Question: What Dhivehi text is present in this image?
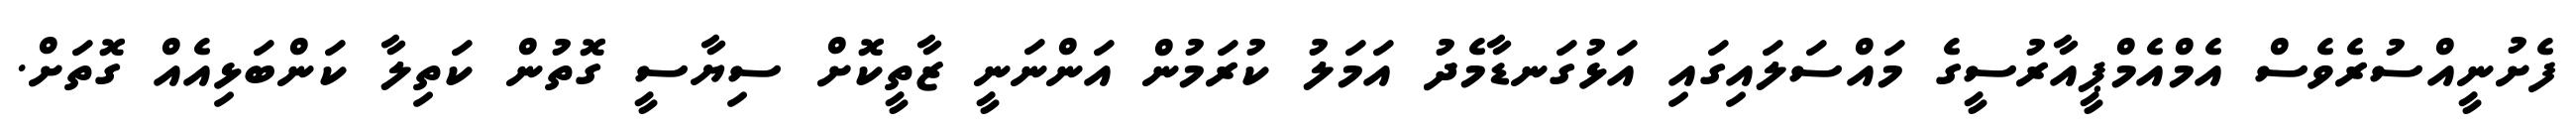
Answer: ފެށުނީއްސުރެވެސް އެމްއެމްޕީއާރުސީގެ މައްސަލައިގައި އަޅުގަނޑާމެދު އަމަލު ކުރަމުން އަންނަނީ ޒާތީކޮށް ސިޔާސީ ގޮތުން ކަތިލާ ކަންބަޅިއެއް ގޮތަށް.